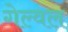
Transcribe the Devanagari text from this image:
गेल्वल